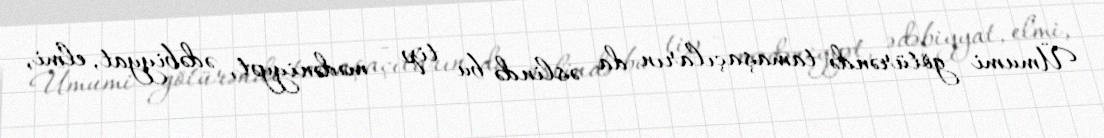
Ümumi götürəndə tamaşaçıların da əslində bu tip - mədəniyyət, ədəbiyyat, elmi,